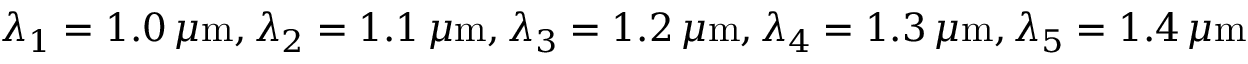
\lambda _ { 1 } = 1 . 0 \, \mu \mathrm { m } , \lambda _ { 2 } = 1 . 1 \, \mu \mathrm { m } , \lambda _ { 3 } = 1 . 2 \, \mu \mathrm { m } , \lambda _ { 4 } = 1 . 3 \, \mu \mathrm { m } , \lambda _ { 5 } = 1 . 4 \, \mu \mathrm { m }